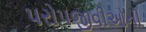
પરોપજીવીઓની